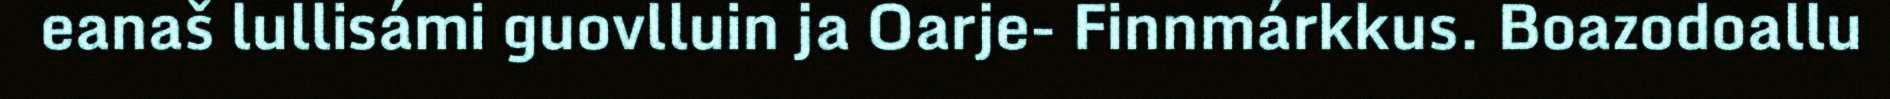
eanaš lullisámi guovlluin ja Oarje- Finnmárkkus. Boazodoallu